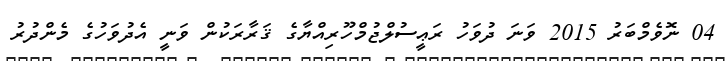
04 ނޮވެމްބަރު 2015 ވަނަ ދުވަހު ރަޢީސުލްޖުމްހޫރިއްޔާގެ ޤަރާރަކުން ވަނީ އެދުވަހުގެ މެންދުރު